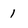
Character: 1